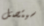
سيتصل